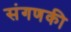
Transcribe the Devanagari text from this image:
संगणकी